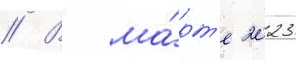
// В ма́рт'е 2023